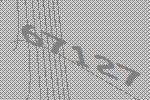
67127